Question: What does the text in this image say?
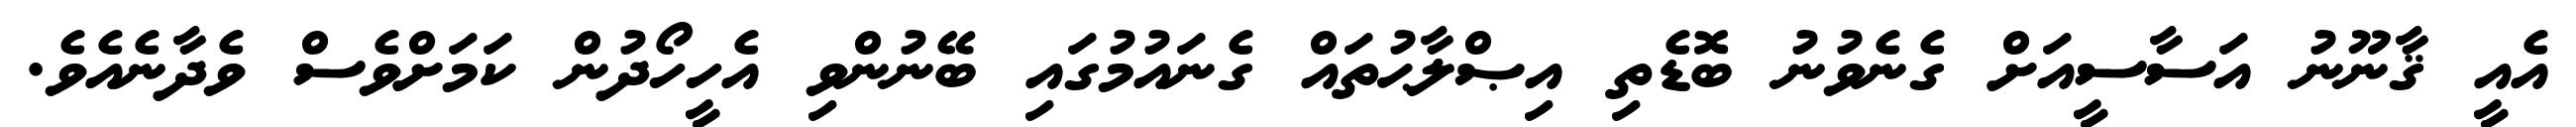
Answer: އެއީ ޤާނޫނު އަސާސީއަށް ގެނެވުނު ބޮޑެތި އިޞްލާޙުތައް ގެނައުމުގައި ބޭނުންވި އެހީހޯދުން ކަމަށްވެސް ވެދާނެއެވެ.